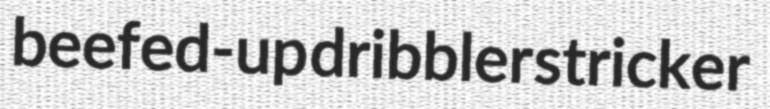
beefed-up dribbler stricker